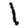
Digit: 1